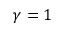
\gamma = 1